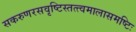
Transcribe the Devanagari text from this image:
सकरुणरसवृष्टिस्तत्त्वमालासमष्टिः